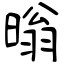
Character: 暡